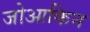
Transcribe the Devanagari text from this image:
जोआकिन